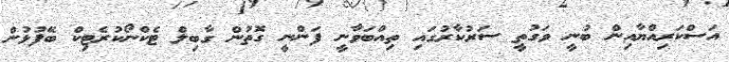
އަސްކަރިއްޔާއިން ބުނީ ވަގުތީ ސަރުކާރުގައި ތިއްބަވާނީ ފަންނީ ގޮތުން ގާބިލް ޓެކްނޯކުރެޓިކް ބޭފުޅުން